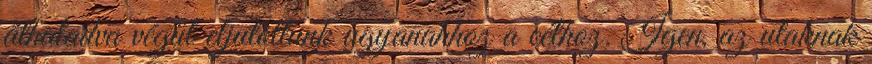
áthaladva végül eljutottunk ugyanahhoz a célhoz. Igen, az utaknak